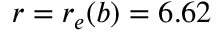
r = r _ { e } ( b ) = 6 . 6 2